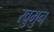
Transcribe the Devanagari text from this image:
रवुुमुन्